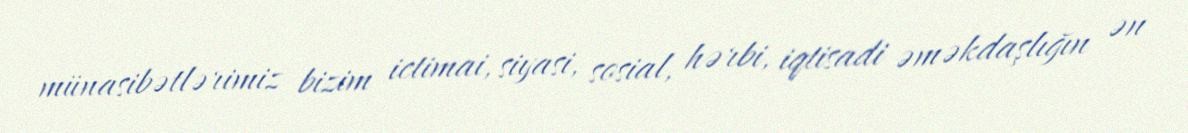
münasibətlərimiz bizim ictimai, siyasi, sosial, hərbi, iqtisadi əməkdaşlığın ən